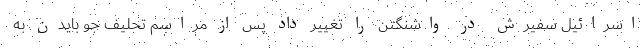
اسرائیل سفیرش در واشنگتن را تغییر داد پس از مراسم تحلیف جو بایدن به